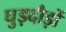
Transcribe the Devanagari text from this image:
घुड़दौड़ों